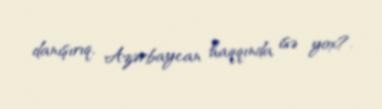
danışırıq, Azərbaycan haqqında isə yox?.